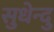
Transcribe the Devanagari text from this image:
सुधेन्दु